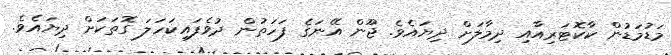
މަޑުމަޑުން ކާކޮޓަރިއާއި ދިމާލަށް ދިޔައެވެ. ޖޫން އޭނަގެ ފަހަތުން ދުވެފައިކަހަލަ ގޮތަކަށް ދިޔައެވެ.